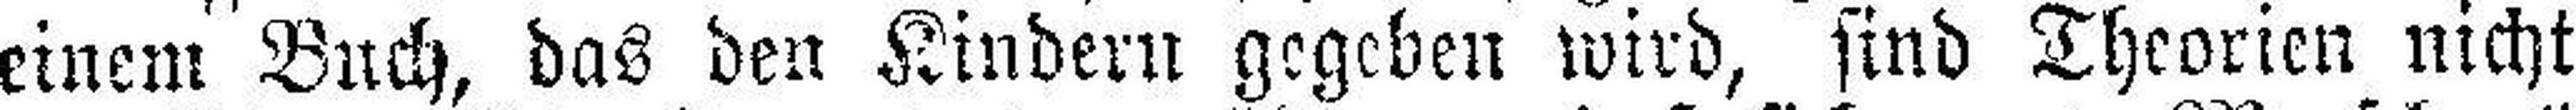
einem Buch, das den Kindern gegeben wird, sind Theorien nicht